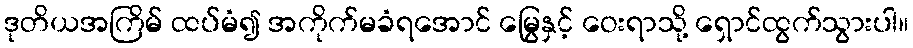
ဒုတိယအကြိမ် ထပ်မံ၍ အကိုက်မခံရအောင် မြွေနှင့် ဝေးရာသို့ ရှောင်ထွက်သွားပါ။